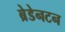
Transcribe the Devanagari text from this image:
ब्रेडेनटन